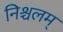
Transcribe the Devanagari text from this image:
निश्चलम्